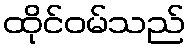
ထိုင်ဝမ်သည်